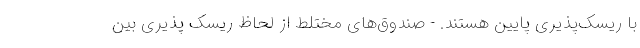
با ریسک‌پذیری پایین هستند. - صندوق‌های مختلط از لحاظ ریسک پذیری بین